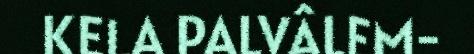
KELA PALVÂLEM-